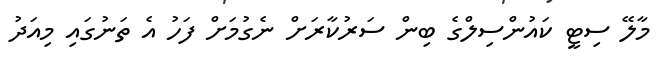
މާލޭ ސިޓީ ކައުންސިލްގެ ބިން ސަރުކާރަށް ނެގުމަށް ފަހު އެ ތަނުގައި މިއަދު